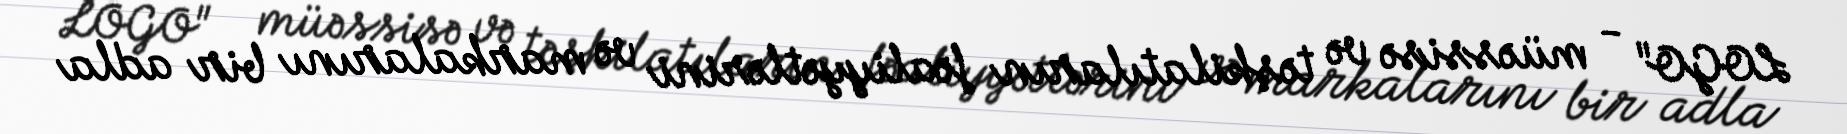
LOGO" - müəssisə və təşkilatıların fəaliyyətlərini və markalarını bir adla